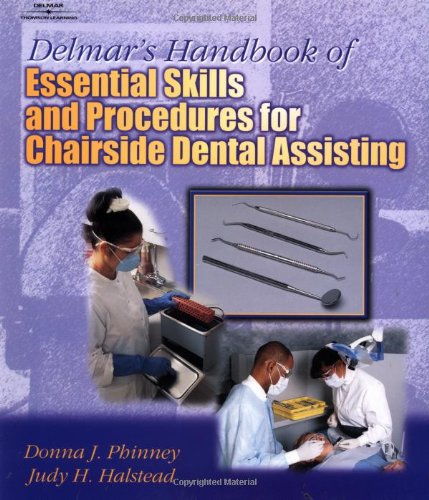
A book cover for Delmar's Handbook of Essential Skills and Procedures for Chairside Dental Assisting; Donna J. Phinney; Medical Books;